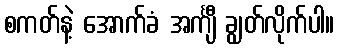
စကတ်နဲ့ အောက်ခံ အင်္ကျီ ချွတ်လိုက်ပါ။